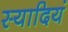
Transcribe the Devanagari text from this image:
स्यादियं